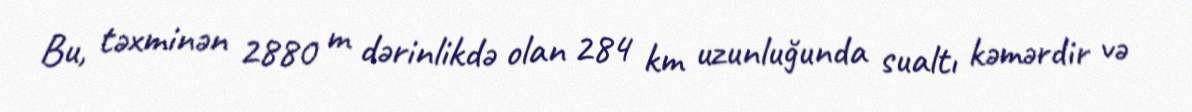
Bu, təxminən 2880 m dərinlikdə olan 284 km uzunluğunda sualtı kəmərdir və